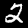
Label: 2